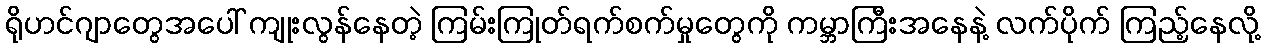
ရိုဟင်ဂျာတွေအပေါ် ကျုးလွန်နေတဲ့ ကြမ်းကြုတ်ရက်စက်မှုတွေကို ကမ္ဘာကြီးအနေနဲ့ လက်ပိုက် ကြည့်နေလို့